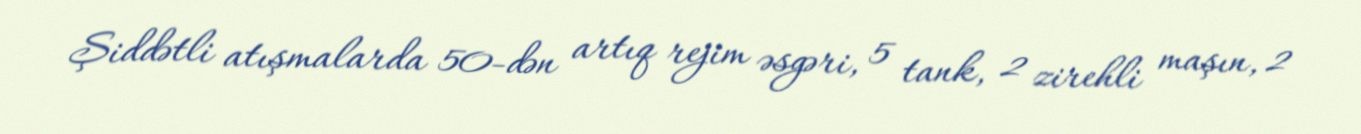
Şiddətli atışmalarda 50-dən artıq rejim əsgəri, 5 tank, 2 zirehli maşın, 2